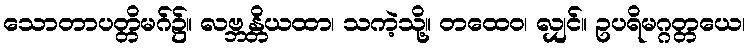
သောတာပတ္တိမဂ်၌။ လဗ္ဘန္တိယထာ၊ သကဲ့သို့။ တထေဝ၊ လျှင်။ ဥပရိမဂ္ဂတ္တယေ၊